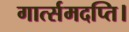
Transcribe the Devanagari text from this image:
गार्त्समदप्ति।